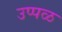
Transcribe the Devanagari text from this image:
उप्पळ